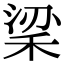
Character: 𥞹